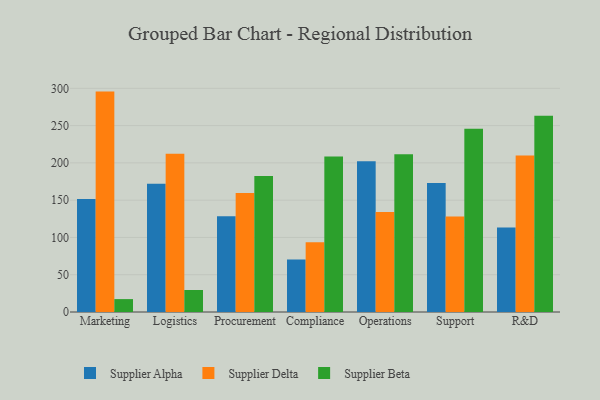
{"axis": {"x": "Department", "y": "Backlog"}, "legend": ["Supplier Alpha", "Supplier Beta", "Supplier Delta"], "data": [{"x": "Marketing", "y": 151.5, "type": "Supplier Alpha"}, {"x": "Marketing", "y": 295.6, "type": "Supplier Delta"}, {"x": "Marketing", "y": 17.3, "type": "Supplier Beta"}, {"x": "Logistics", "y": 171.9, "type": "Supplier Alpha"}, {"x": "Logistics", "y": 212.3, "type": "Supplier Delta"}, {"x": "Logistics", "y": 29.5, "type": "Supplier Beta"}, {"x": "Procurement", "y": 128.3, "type": "Supplier Alpha"}, {"x": "Procurement", "y": 159.5, "type": "Supplier Delta"}, {"x": "Procurement", "y": 182.3, "type": "Supplier Beta"}, {"x": "Compliance", "y": 70.3, "type": "Supplier Alpha"}, {"x": "Compliance", "y": 93.5, "type": "Supplier Delta"}, {"x": "Compliance", "y": 208.6, "type": "Supplier Beta"}, {"x": "Operations", "y": 202.2, "type": "Supplier Alpha"}, {"x": "Operations", "y": 134.1, "type": "Supplier Delta"}, {"x": "Operations", "y": 211.6, "type": "Supplier Beta"}, {"x": "Support", "y": 173.0, "type": "Supplier Alpha"}, {"x": "Support", "y": 128.0, "type": "Supplier Delta"}, {"x": "Support", "y": 245.9, "type": "Supplier Beta"}, {"x": "R&D", "y": 113.2, "type": "Supplier Alpha"}, {"x": "R&D", "y": 209.8, "type": "Supplier Delta"}, {"x": "R&D", "y": 263.3, "type": "Supplier Beta"}]}